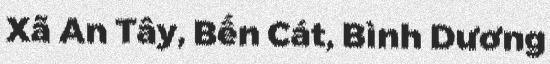
Xã An Tây, Bến Cát, Bình Dương